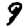
Digit: 9